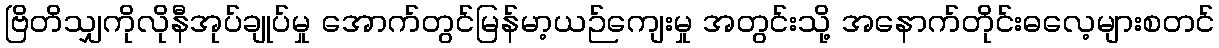
ဗြိတိသျှကိုလိုနီအုပ်ချုပ်မှု အောက်တွင်မြန်မာ့ယဉ်ကျေးမှု အတွင်းသို့ အနောက်တိုင်းဓလေ့များစတင်